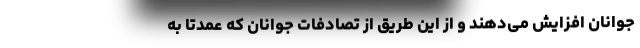
جوانان افزایش می‌دهند و از این طریق از تصادفات جوانان که عمدتا به